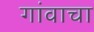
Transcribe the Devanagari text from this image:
गांवाचा